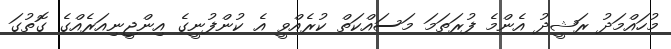
މުހައްމަދު ރަޝީދު އެންމެ ފުރަތަމަ މަސައްކަތް ކުރެއްވީ އެ ކުންފުނީގެ އިންޖީނިއަރެެެއްގެ ގޮތުގަ